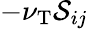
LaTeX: -\nu_{\mathrm{{T}}}{\cal{S}}_{ij}